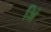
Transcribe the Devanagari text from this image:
अिं